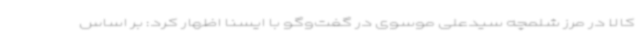
کالا در مرز شلمچه سیدعلی موسوی در گفت‌وگو با ایسنا اظهار کرد: بر اساس